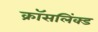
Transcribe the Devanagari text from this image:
क्रॉसलिंक्ड